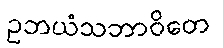
ဥဘယံသဘာဝိတေ